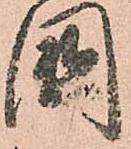
國